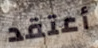
أعتقد